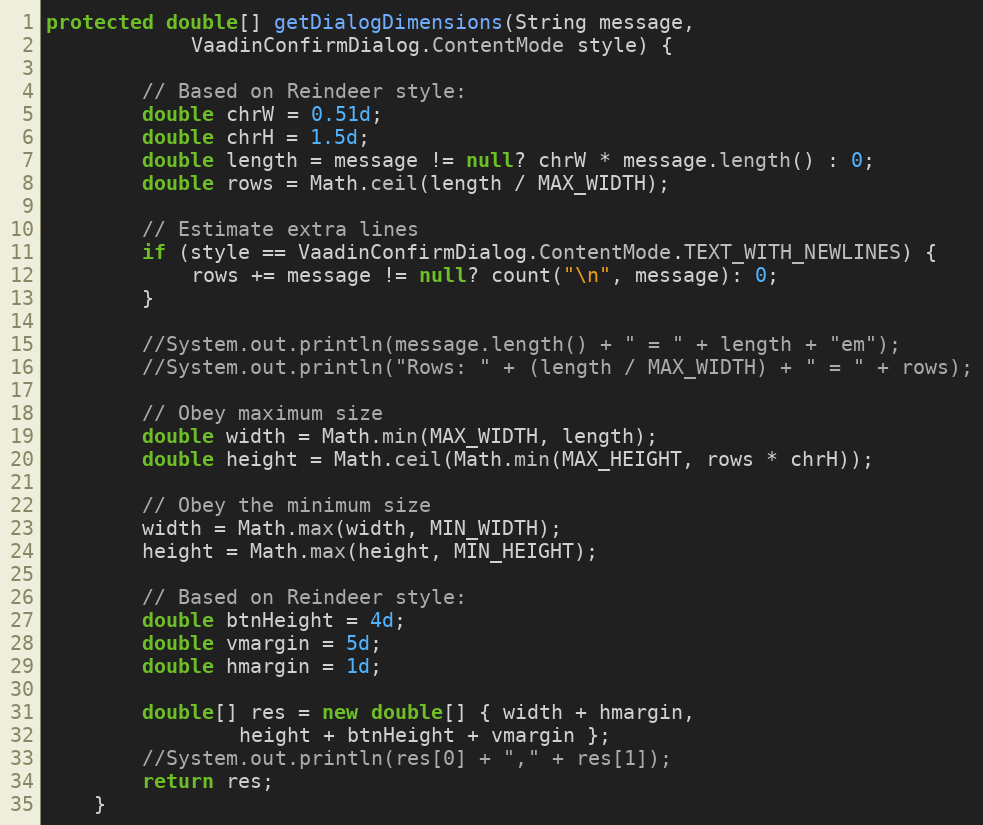
Language: Java
protected double[] getDialogDimensions(String message,
            VaadinConfirmDialog.ContentMode style) {

        // Based on Reindeer style:
        double chrW = 0.51d;
        double chrH = 1.5d;
        double length = message != null? chrW * message.length() : 0;
        double rows = Math.ceil(length / MAX_WIDTH);

        // Estimate extra lines
        if (style == VaadinConfirmDialog.ContentMode.TEXT_WITH_NEWLINES) {
            rows += message != null? count("\n", message): 0;
        }

        //System.out.println(message.length() + " = " + length + "em");
        //System.out.println("Rows: " + (length / MAX_WIDTH) + " = " + rows);

        // Obey maximum size
        double width = Math.min(MAX_WIDTH, length);
        double height = Math.ceil(Math.min(MAX_HEIGHT, rows * chrH));

        // Obey the minimum size
        width = Math.max(width, MIN_WIDTH);
        height = Math.max(height, MIN_HEIGHT);

        // Based on Reindeer style:
        double btnHeight = 4d;
        double vmargin = 5d;
        double hmargin = 1d;

        double[] res = new double[] { width + hmargin,
                height + btnHeight + vmargin };
        //System.out.println(res[0] + "," + res[1]);
        return res;
    }